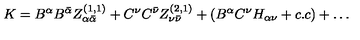
K = B ^ { \alpha } B ^ { \bar { \alpha } } Z _ { \alpha { \bar { \alpha } } } ^ { ( 1 , 1 ) } + C ^ { \nu } C ^ { \bar { \nu } } Z _ { \nu { \bar { \nu } } } ^ { ( 2 , 1 ) } + ( B ^ { \alpha } C ^ { \nu } H _ { \alpha \nu } + c . c ) + \dots